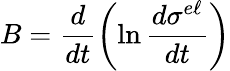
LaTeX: B=\frac{d}{dt}\biggl(\ln\frac{d\sigma^{e\ell}}{dt}\biggr)